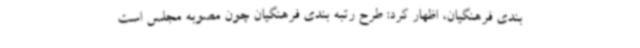
بندی فرهنگیان، اظهار کرد: طرح رتبه بندی فرهنگیان چون مصوبه مجلس است